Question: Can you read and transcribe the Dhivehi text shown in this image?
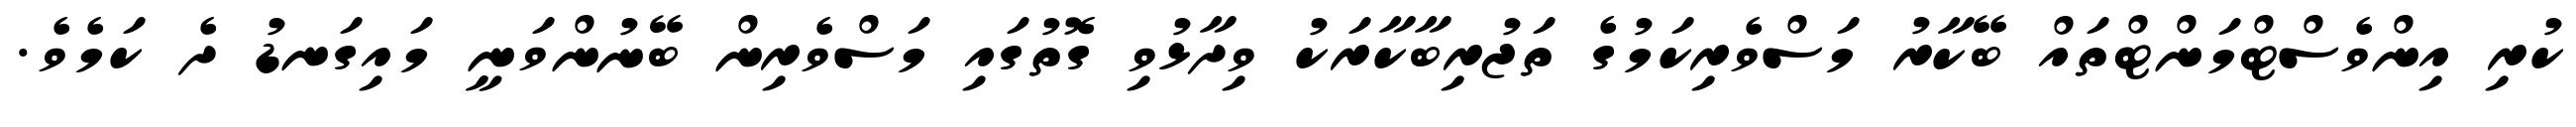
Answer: ކުރި އިންވެސްޓްމަންޓްތައް ބޭކާރު މަސްވެރިކަމުގެ ތަޖުރިބާކާރަކު ވިދާޅުވި ގޮތުގައި މަސްވެރިން ބޭނުންވަނީ މައިގަނޑު ދެ ކަމެވެ.